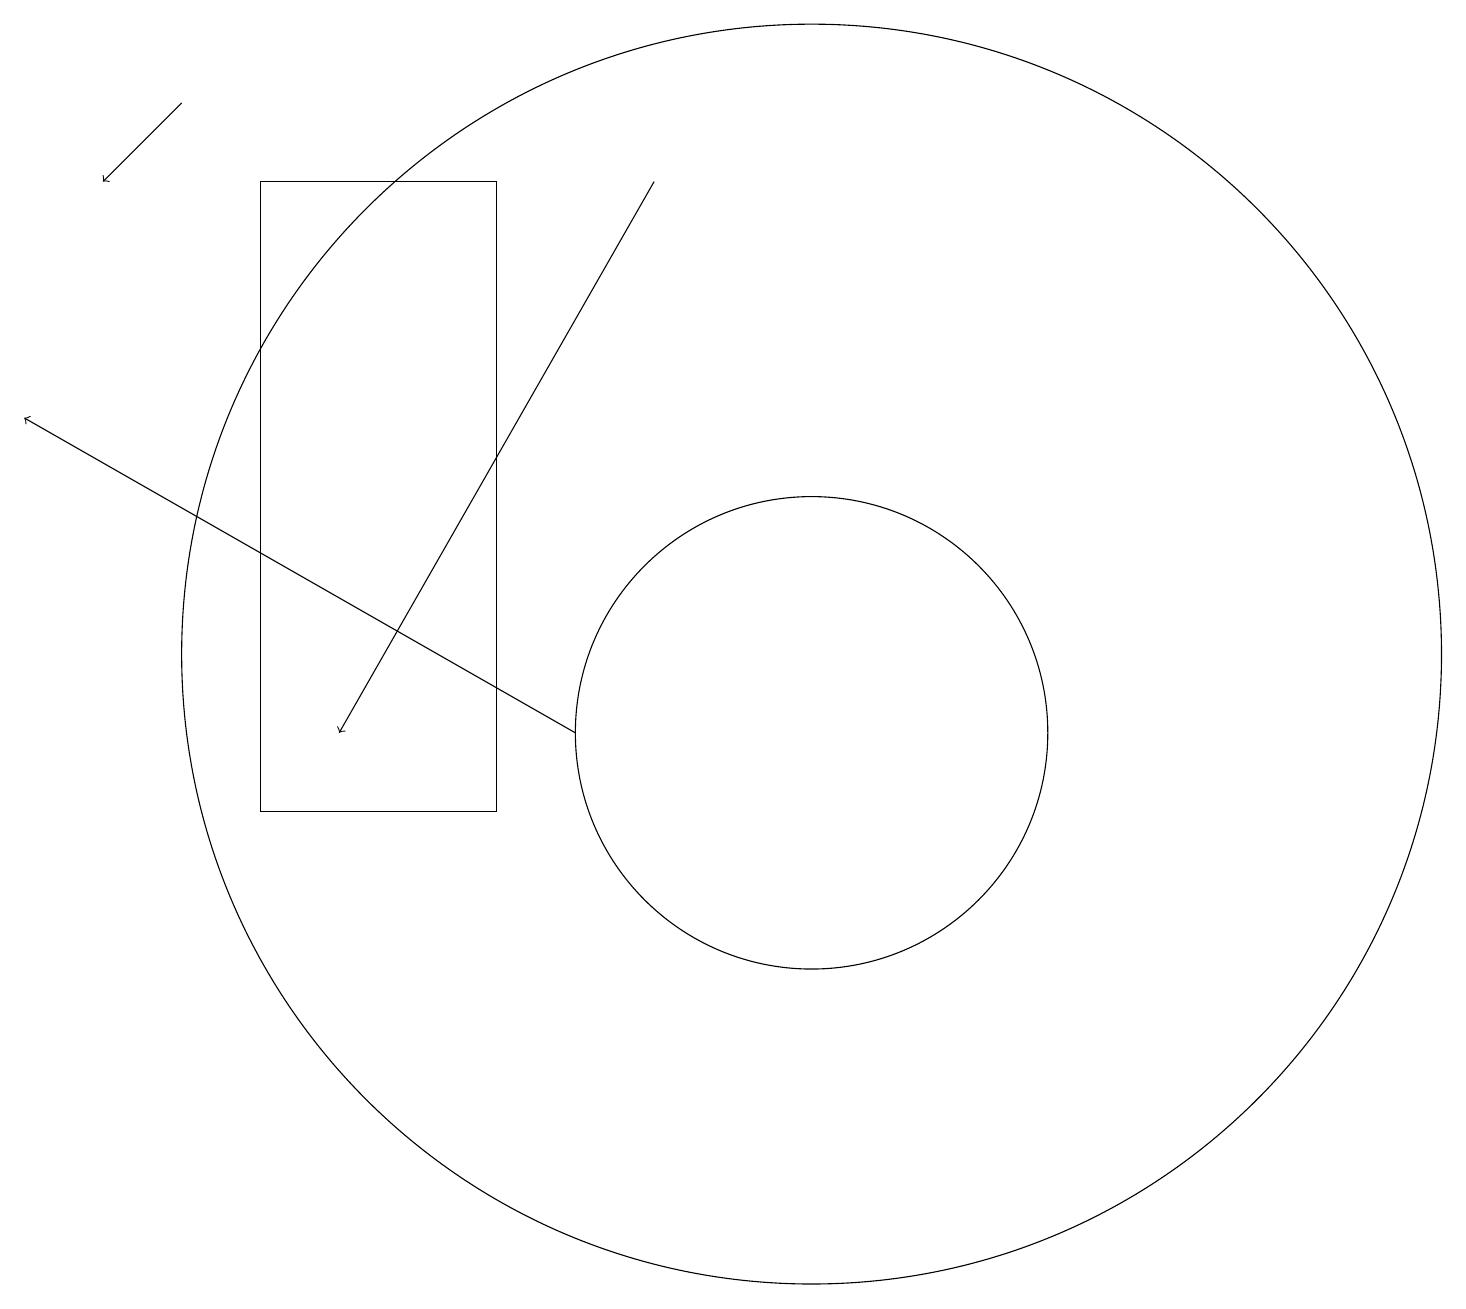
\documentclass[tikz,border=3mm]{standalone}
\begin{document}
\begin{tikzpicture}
\draw[->] (8,18) -- (4,11);
\draw (6,18) rectangle (3,10);
\draw (10,12) circle (8);
\draw[->] (7,11) -- (0,15);
\draw (10,11) circle (3);
\draw[->] (2,19) -- (1,18);
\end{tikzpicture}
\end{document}